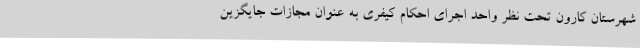
شهرستان کارون تحت نظر واحد اجرای احکام کیفری به عنوان مجازات جایگزین